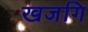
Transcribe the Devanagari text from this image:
खजगि